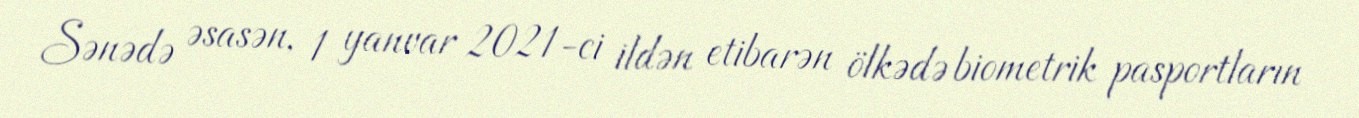
Sənədə əsasən, 1 yanvar 2021-ci ildən etibarən ölkədə biometrik pasportların